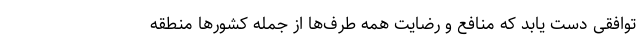
توافقی دست‌ یابد که منافع و رضایت همه طرف‌ها از جمله کشورها منطقه